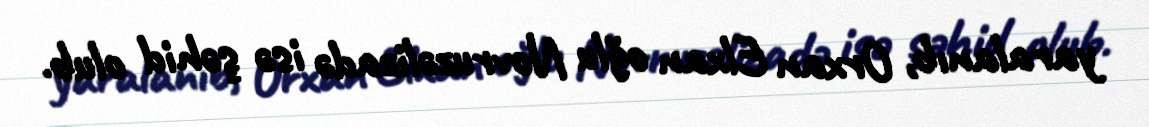
yaralanıb, Orxan Elxan oğlu Novruzəlizadə isə şəhid olub.